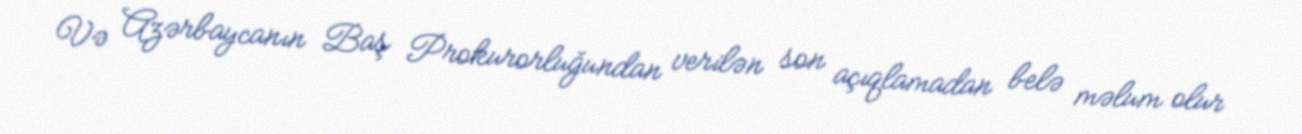
Və Azərbaycanın Baş Prokurorluğundan verilən son açıqlamadan belə məlum olur